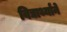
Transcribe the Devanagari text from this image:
विद्यार्थ्यांने